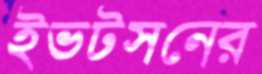
ইভটসনের